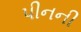
પીનની